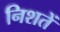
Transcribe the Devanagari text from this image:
निशतें